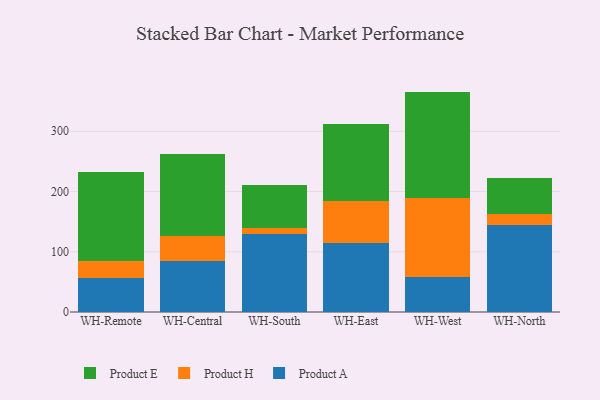
{"axis": {"x": "Warehouse", "y": "Bounce Rate (%)"}, "legend": ["Product A", "Product E", "Product H"], "data": [{"x": "WH-Remote", "y": 55.9, "type": "Product A"}, {"x": "WH-Remote", "y": 28.5, "type": "Product H"}, {"x": "WH-Remote", "y": 148.8, "type": "Product E"}, {"x": "WH-Central", "y": 85.5, "type": "Product A"}, {"x": "WH-Central", "y": 39.9, "type": "Product H"}, {"x": "WH-Central", "y": 137.0, "type": "Product E"}, {"x": "WH-South", "y": 129.6, "type": "Product A"}, {"x": "WH-South", "y": 10.0, "type": "Product H"}, {"x": "WH-South", "y": 71.5, "type": "Product E"}, {"x": "WH-East", "y": 115.1, "type": "Product A"}, {"x": "WH-East", "y": 69.3, "type": "Product H"}, {"x": "WH-East", "y": 128.2, "type": "Product E"}, {"x": "WH-West", "y": 58.5, "type": "Product A"}, {"x": "WH-West", "y": 130.8, "type": "Product H"}, {"x": "WH-West", "y": 176.6, "type": "Product E"}, {"x": "WH-North", "y": 144.3, "type": "Product A"}, {"x": "WH-North", "y": 18.2, "type": "Product H"}, {"x": "WH-North", "y": 59.6, "type": "Product E"}]}